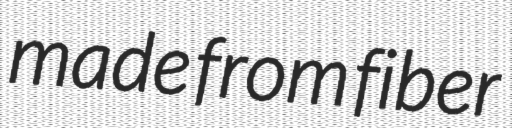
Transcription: made from fiber